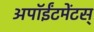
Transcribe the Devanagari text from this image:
अपॉईंटमेंटस्